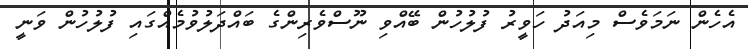
އެހެން ނަމަވެސް މިއަދު ހަވީރު ފުލުހުން ބޭއްވި ނޫސްވެރިންގެ ބައްދަލުވުމެއްގައި ފުލުހުން ވަނީ